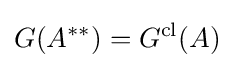
G(A^{**})=G^{\text{cl}}(A)